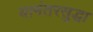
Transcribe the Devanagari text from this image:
यानंतरसुद्धा